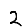
Digit: 2